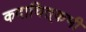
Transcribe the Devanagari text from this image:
कदाचित्‌कभी